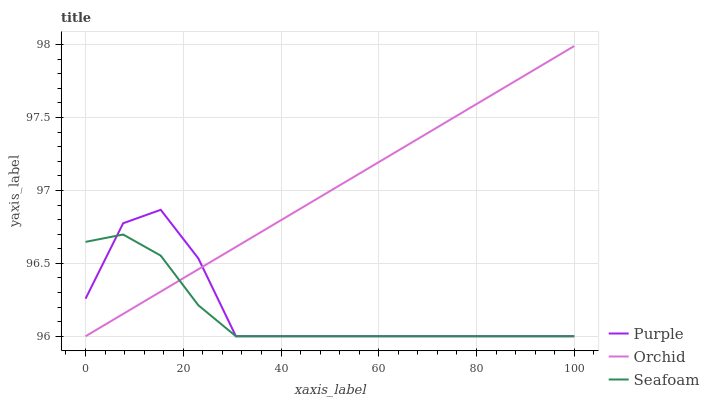
| xaxis_label | Purple | Orchid | Seafoam |
 | --- | --- | --- | --- |
 | 0 | 96.3 | 96 | 96.6 |
 | 7.69 | 96.8 | 96.2 | 96.7 |
 | 15.4 | 96.9 | 96.3 | 96.6 |
 | 23.1 | 96.5 | 96.5 | 96.2 |
 | 30.8 | 96 | 96.6 | 96 |
 | 38.5 | 96 | 96.8 | 96 |
 | 46.2 | 96 | 96.9 | 96 |
 | 53.8 | 96 | 97.1 | 96 |
 | 61.5 | 96 | 97.2 | 96 |
 | 69.2 | 96 | 97.4 | 96 |
 | 76.9 | 96 | 97.5 | 96 |
 | 84.6 | 96 | 97.7 | 96 |
 | 92.3 | 96 | 97.8 | 96 |
 | 100 | 96 | 98 | 96 |